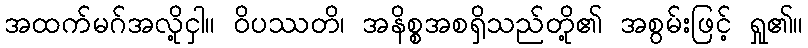
အထက်မဂ်အလို့ငှါ။ ဝိပဿတိ၊ အနိစ္စအစရှိသည်တို့၏ အစွမ်းဖြင့် ရှု၏။